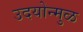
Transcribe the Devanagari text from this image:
उदयोन्मुळ